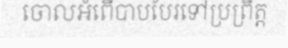
ចោលអំពើបាបបែរទៅប្រព្រឹត្ត